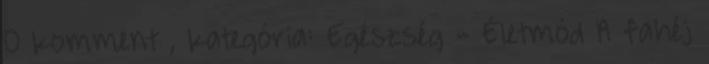
0 komment , kategória: Egészség - Életmód A fahéj